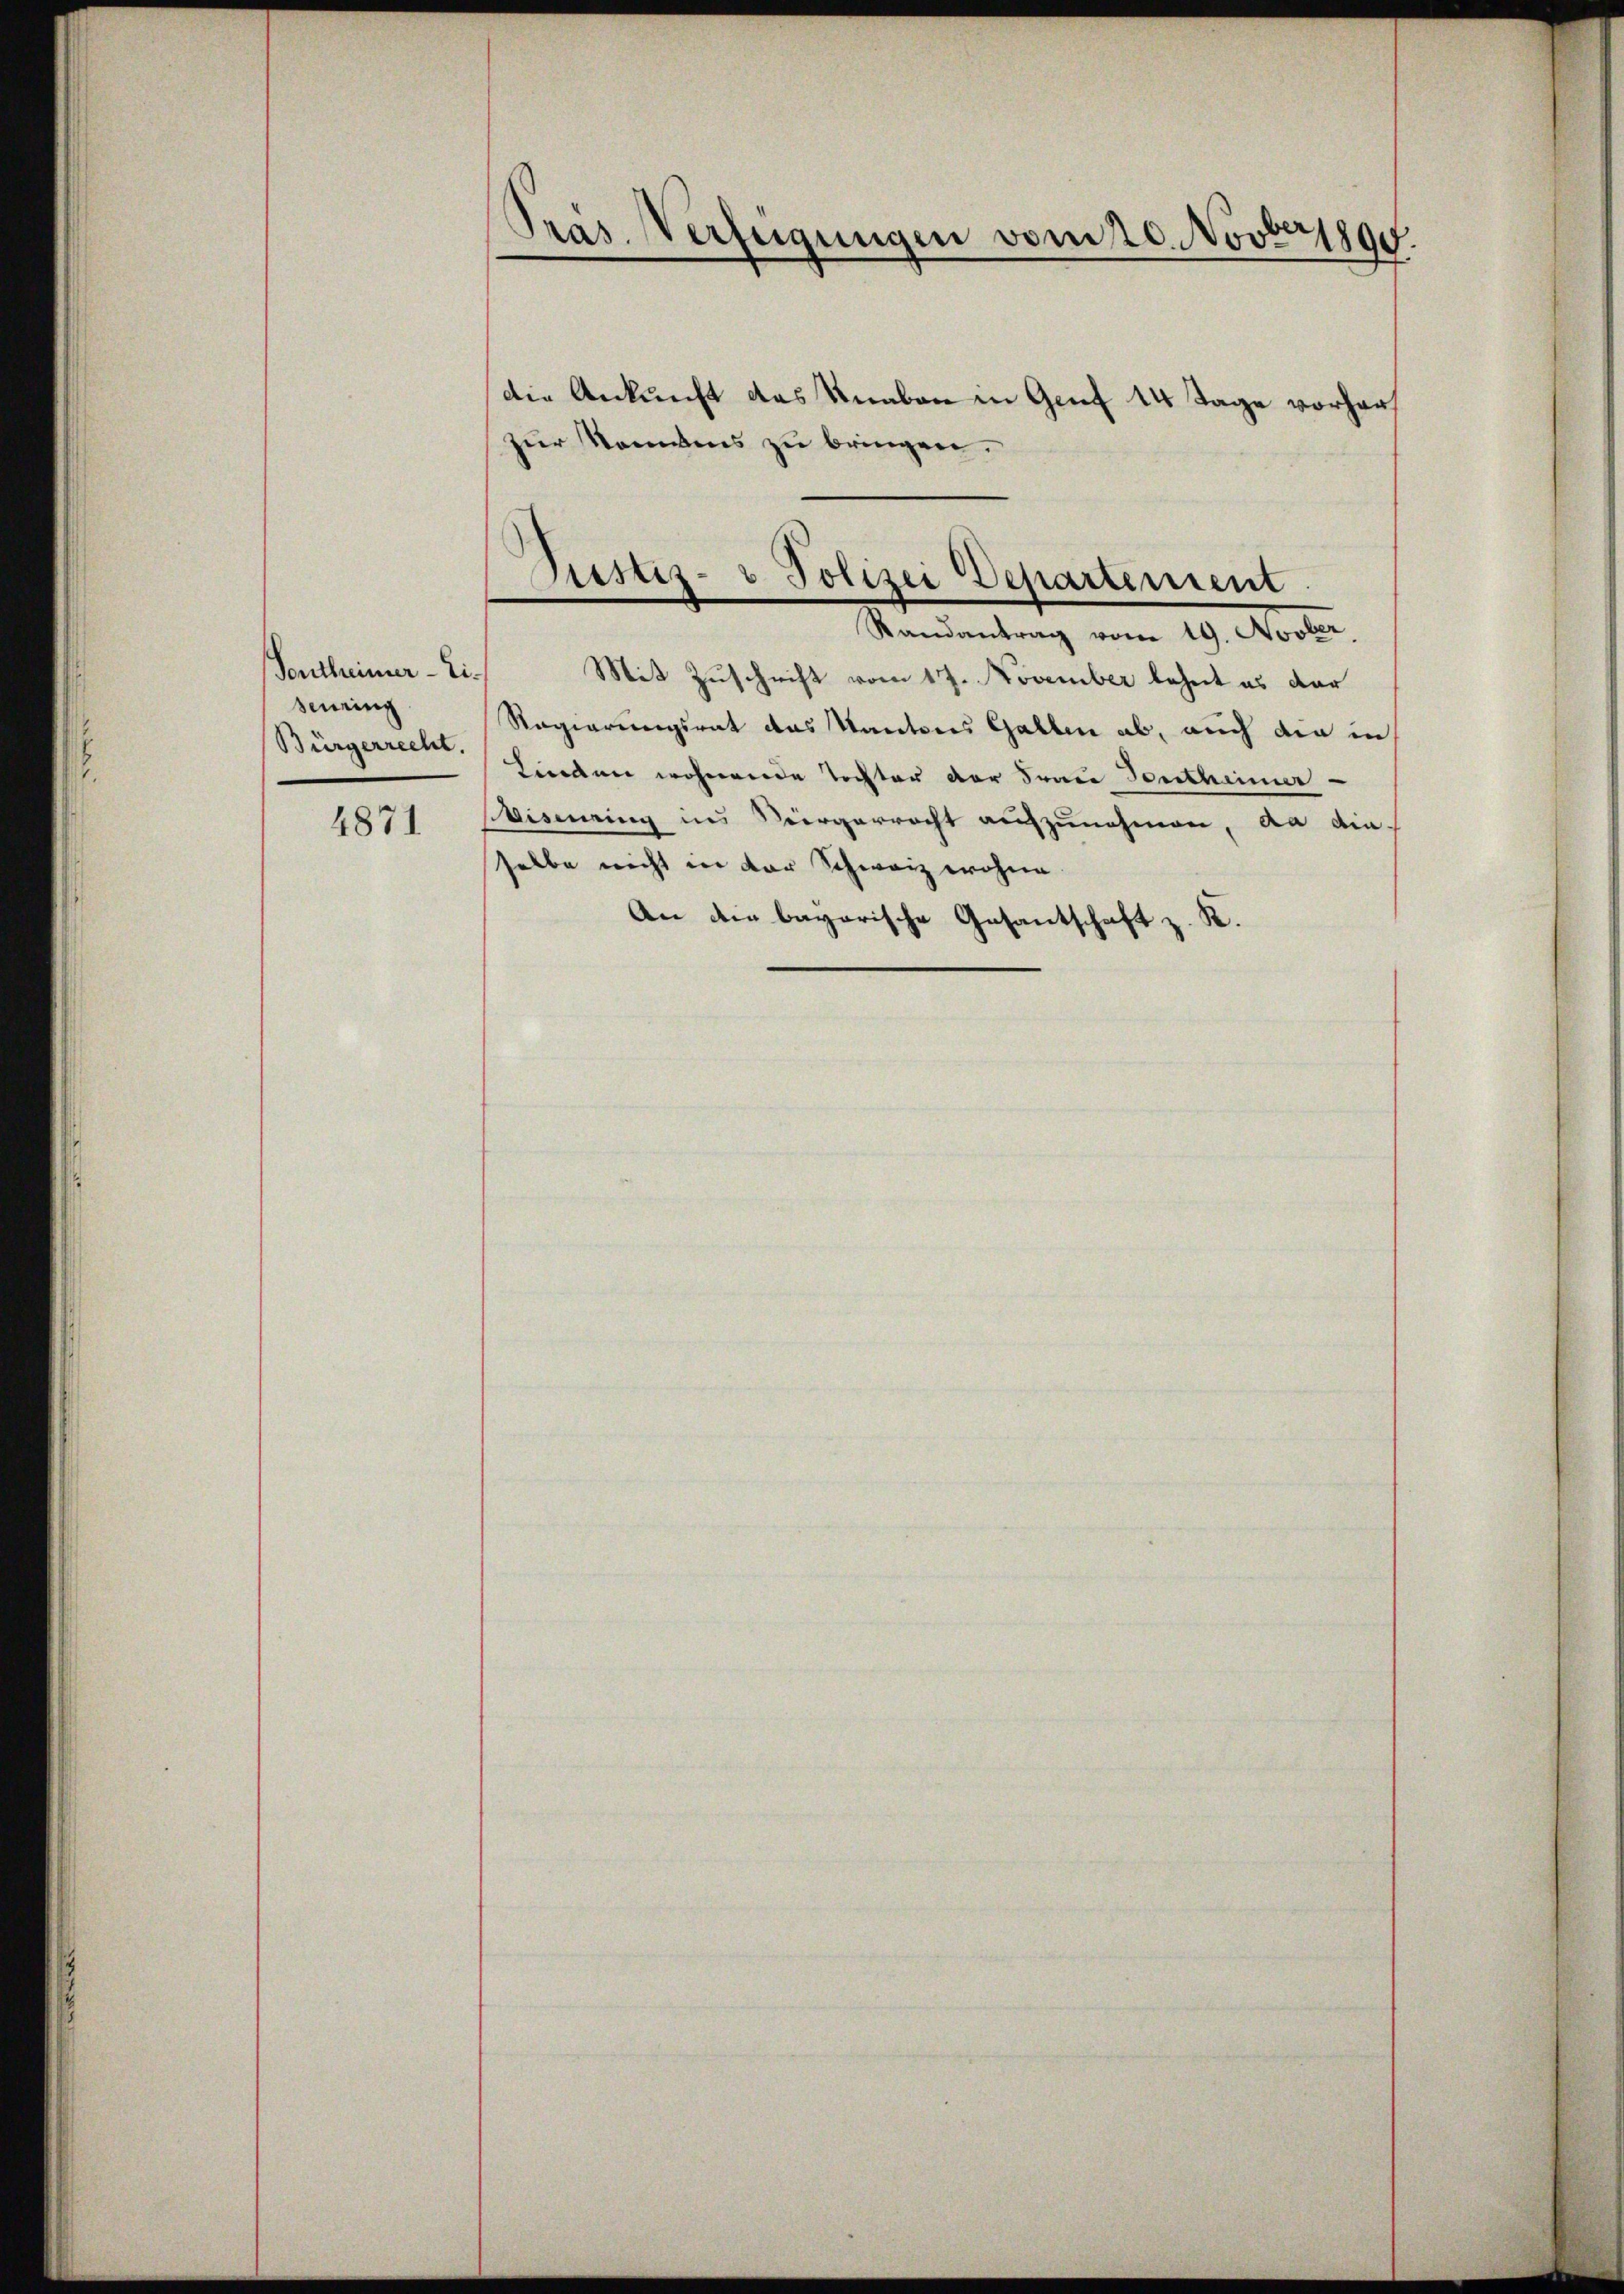
Vortheimer - Eisening
Bürgerrecht.

4871

die Ankunft das Knaben in Genf 14 Tage vorhers
zur Sommens zu bringen.

Präs. Verfügungen vom 20. Novbr. 1890.

Mit Zuschrift vom 17. November beheit es dar
Ragierungsrat das Kantons Gallen ab, auch die in
Kinden wohnende Tochter der Fraue Gentheimer
Wismering ins Vergerrecht aufzunehmen, da die
selbe nicht in der Schweiz wohne
An die bayerische Gesantschaft z. R.

Justiz- & Polizei Departement.
Randantrag vom 19. Novber.